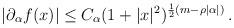
LaTeX: \begin{align*}|\partial_{\alpha}f(x)|\le C_{\alpha}(1 + | x |^{2})^{ \frac{1}{2}(m- \rho|\alpha|)} \, .\end{align*}